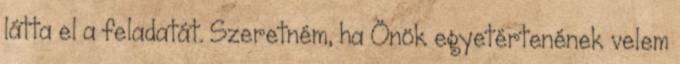
látta el a feladatát. Szeretném, ha Önök egyetértenének velem